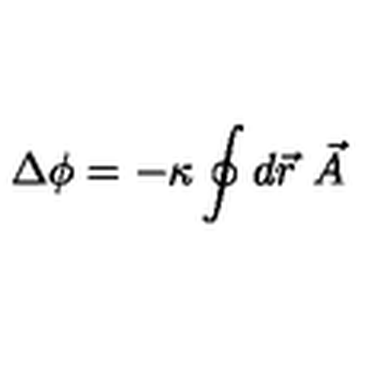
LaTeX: \Delta \phi = - \kappa \oint d { \vec { r } } \ { \vec { A } }